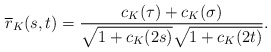
\begin{align*}\overline{r}_K(s,t)=\frac{c_K(\tau)+c_K(\sigma)}{\sqrt{1+c_K(2s)}\sqrt{1+c_K(2t)}}.\end{align*}